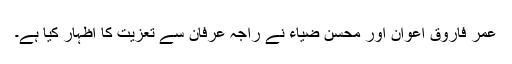
عمر فاروق اعوان اور محسن ضیاء نے راجہ عرفان سے تعزیت کا اظہار کیا ہے۔